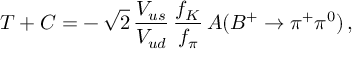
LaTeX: T + C = - \, \sqrt { 2 } \, \frac { V _ { u s } } { V _ { u d } } \, \frac { f _ { K } } { f _ { \pi } } \, A ( B ^ { + } \to \pi ^ { + } \pi ^ { 0 } ) \, ,